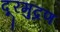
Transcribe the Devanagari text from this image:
दूरमुद्रण